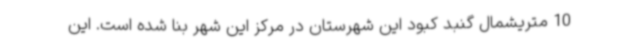
10 متریشمال گنبد کبود این شهرستان در مرکز این شهر بنا شده است. این